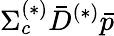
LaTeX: \Sigma_{c}^{(*)}\bar{D}^{(*)}\bar{p}